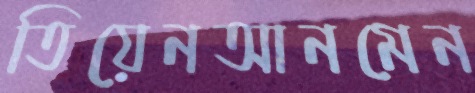
তিয়েনআনমেন